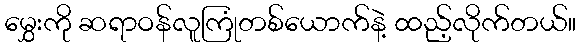
မွှေးကို ဆရာဝန်လူကြုံတစ်ယောက်နဲ့ ထည့်လိုက်တယ်။